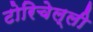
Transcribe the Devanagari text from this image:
टोरिचेल्ली